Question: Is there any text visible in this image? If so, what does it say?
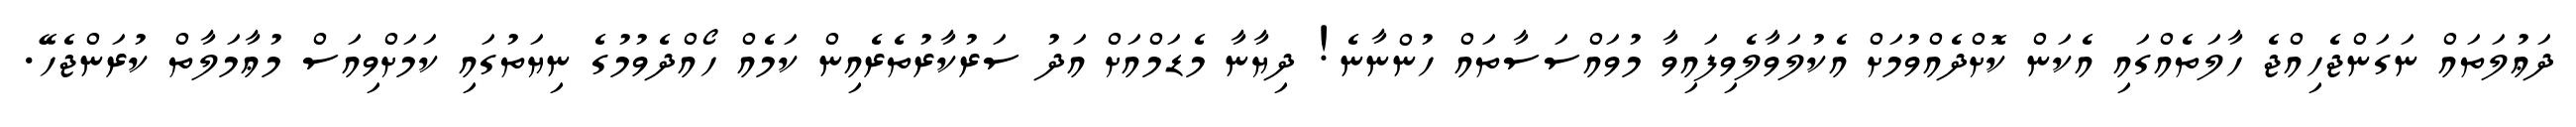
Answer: ދަޢުލަތައް ނަގަންޖެހިއްޖެ ހާލަތެއްގައި އެކަން ކޮށްދެއްވުމަށް އެކުލަވާލެވިފައިވާ މުވައްސަސާތައް ހުންނާނެ! ދިޔާނާ މެޑަމްއަށް އަދު ސަރުކާރުތެރެއިން ކަމެއް ހޯއްދެވުމުގެ ނިޔަތުގައި ކަމަށްވިއަސް މުޢާމަލާތް ކުރަންޖެހޭ.